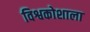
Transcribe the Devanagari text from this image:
विश्वकोशाला